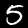
Digit: 5